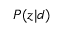
P ( z | d )